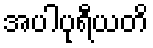
အပါပုရီယတိ